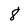
Character: 8